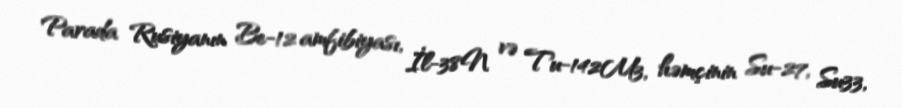
Parada Rusiyanın Be-12 amfibiyası, İl-38N və Tu-142M3, həmçinin Su-27, Su33,